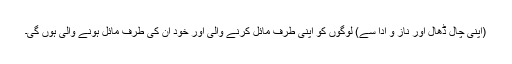
(اپنی چال ڈھال اور ناز و ادا سے) لوگوں کو اپنی طرف مائل کرنے والی اور خود ان کی طرف مائل ہونے والی ہوں گی۔